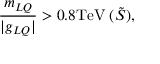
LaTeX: \frac { m _ { L Q } } { | g _ { L Q } | } > 0 . 8 \mathrm { T e V } \; ( \tilde { S } ) , \;